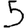
Digit: 5